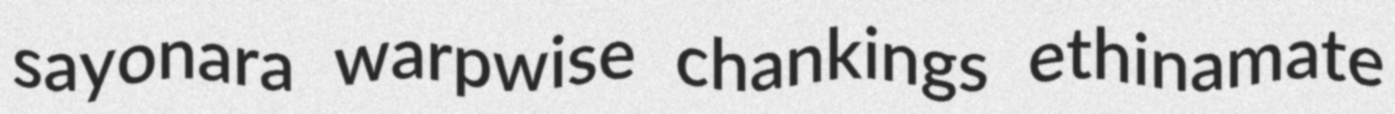
sayonara warpwise chankings ethinamate